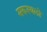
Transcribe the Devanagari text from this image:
मरूस्थलो